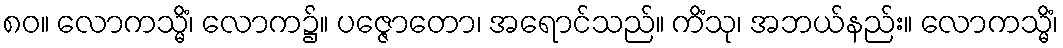
၈၀။ လောကသ္မိံ၊ လောက၌။ ပဇ္ဇောတော၊ အရောင်သည်။ ကိံသု၊ အဘယ်နည်း။ လောကသ္မိံ၊